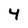
Character: 4